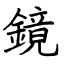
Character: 鏡